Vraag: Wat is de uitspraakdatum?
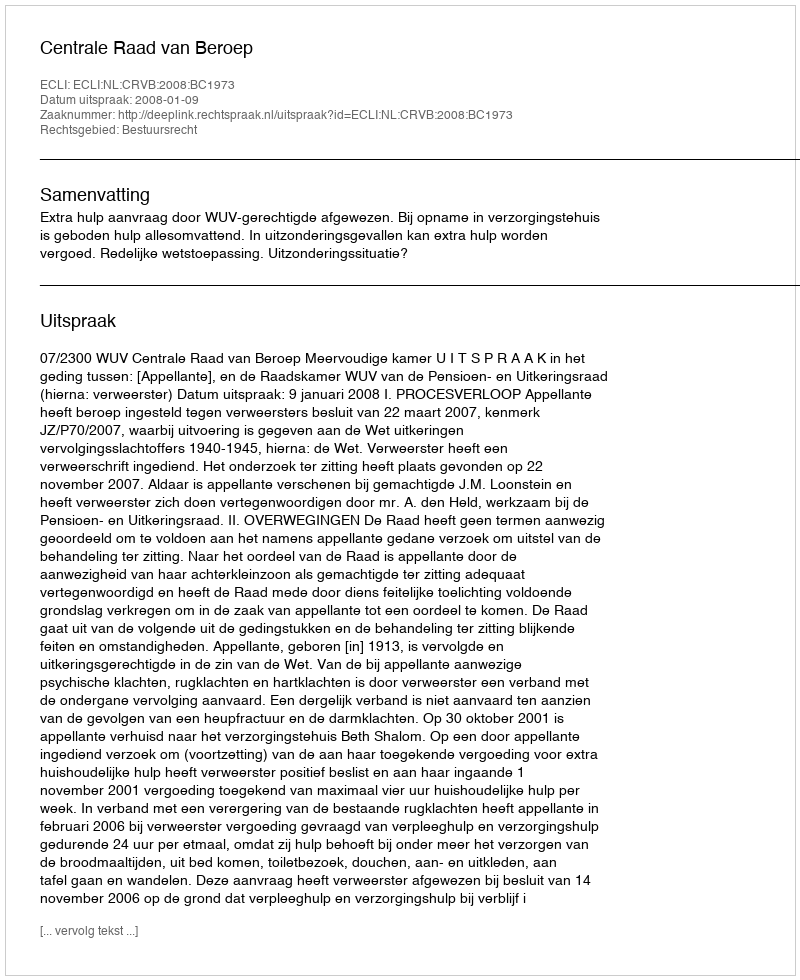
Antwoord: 2008-01-09